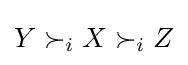
Y\succ _{i}X\succ _{i}Z